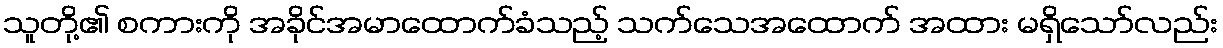
သူတို့၏ စကားကို အခိုင်အမာထောက်ခံသည့် သက်သေအထောက် အထား မရှိသော်လည်း